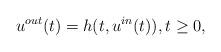
LaTeX: \begin{align*}u^{out}(t)=h(t,u^{in}(t)), t\ge 0,\end{align*}